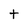
Character: t